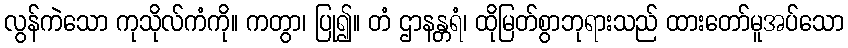
လွန်ကဲသော ကုသိုလ်ကံကို။ ကတွာ၊ ပြု၍။ တံ ဌာနန္တရံ၊ ထိုမြတ်စွာဘုရားသည် ထားတော်မူအပ်သော